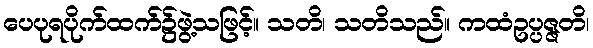
ပေပုရပိုက်ထက်၌ဖွဲ့သဖြင့်။ သတိ၊ သတိသည်။ ကထံဥပ္ပဇ္ဇတိ၊